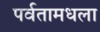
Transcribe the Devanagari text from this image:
पर्वतामधला